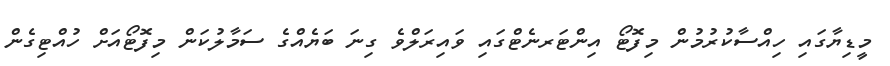
މީޑިޔާގައި ހިއްސާކުރުމުން މިފޮޓޯ އިންޓަރނެޓްގައި ވައިރަލްވެ ގިނަ ބަޔެއްގެ ސަމާލުކަން މިފޮޓޯއަށް ހުއްޓިގެން